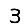
Digit: 3